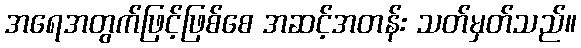
အရေအတွက်ဖြင့်ဖြစ်စေ အဆင့်အတန်း သတ်မှတ်သည်။